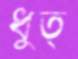
ধুত্